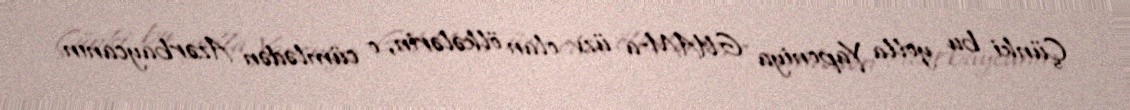
Çünki bu yolla Yaponiya GUAM-a üzv olan ölkələrin, o cümlədən Azərbaycanın